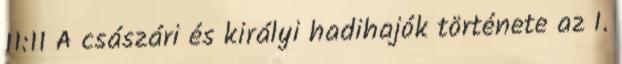
11:11 A császári és királyi hadihajók története az I.